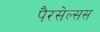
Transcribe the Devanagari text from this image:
पैरसेल्सस